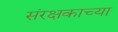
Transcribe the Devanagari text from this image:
संरक्षकाच्या